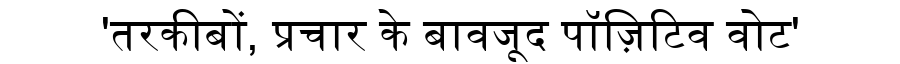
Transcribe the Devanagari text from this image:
'तरकीबों, प्रचार के बावजूद पॉज़िटिव वोट'